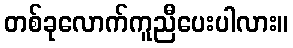
တစ်ခုလောက်ကူညီပေးပါလား။